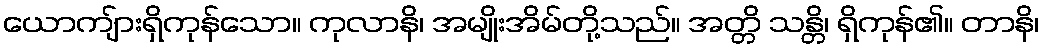
ယောကျ်ားရှိကုန်သော။ ကုလာနိ၊ အမျိုးအိမ်တို့သည်။ အတ္တိ သန္တိ၊ ရှိကုန်၏။ တာနိ၊